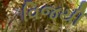
વિજયી